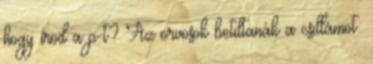
hogy írod a p-t? Az orvosok betiltanák a csillámot: